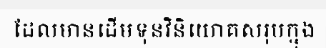
ដែលមានដើមទុនវិនិយោគសរុបក្នុង